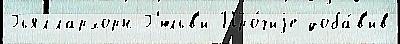
Гьяллархорн Г'юльв'и Про́чиjе доба́в'ив